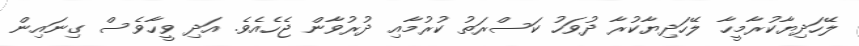
ލޭހަދިޔާކުރާމީހާ ލޭހަދިޔާކުރާ ދުވަހު ކަސްރަތު ކުރުމާއި ދުރުވާން ޖެހެއެވެ. އަދި ވީހާވެސް ގިނައިން